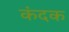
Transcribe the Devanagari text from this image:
कंदक